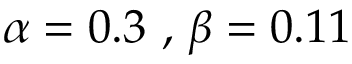
\alpha = 0 . 3 \mathrm { ~ , ~ } \beta = 0 . 1 1